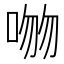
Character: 𪡕